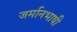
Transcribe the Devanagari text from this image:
जर्मानभाषी